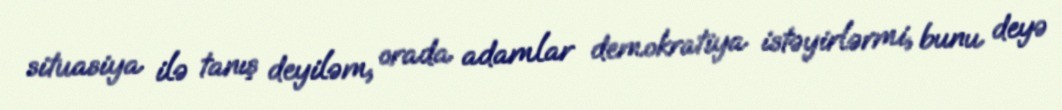
situasiya ilə tanış deyiləm, orada adamlar demokratiya istəyirlərmi, bunu deyə